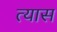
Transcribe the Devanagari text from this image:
त्‍यास